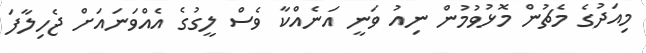
މިއަދުގެ މެޗުން މޮޅުވުމުން ނިއު ވަނީ އަނެއްކާ ވެސް ލީގުގެ އެއްވަނައަށް ޖެހިލާފަ